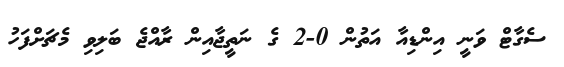
ސެގާޓް ވަނީ އިންޑިއާ އަތުން 0-2 ގެ ނަތީޖާއިން ރާއްޖެ ބަލިވި މެޗަށްފަހު